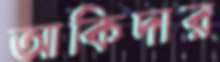
আকিদার